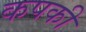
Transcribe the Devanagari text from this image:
कपकी